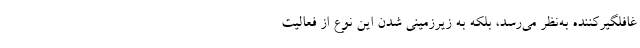
غافلگیرکننده به‌نظر می‌رسد، بلکه به زیرزمینی شدن این نوع از فعالیت